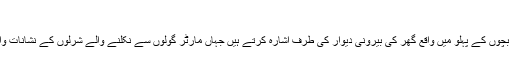
'
وہ سامنے گلی میں کھیلتے بچوں کے پہلو میں واقع گھر کی بیرونی دیوار کی طرف اشارہ کرتے ہیں جہاں مارٹر گولوں سے نکلنے والے شرلوں کے نشانات واضح دیکھے جا سکتے ہیں۔